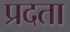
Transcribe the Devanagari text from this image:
प्रदता